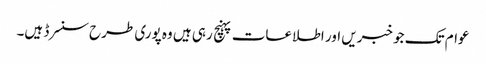
عوام تک جو خبریں اور اطلاعات پہنچ رہی ہیں وہ پوری طرح سنسرڈ ہیں۔